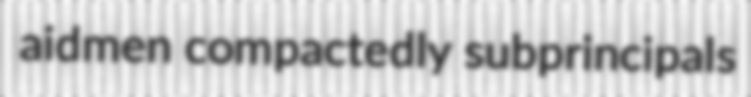
aidmen compactedly subprincipals